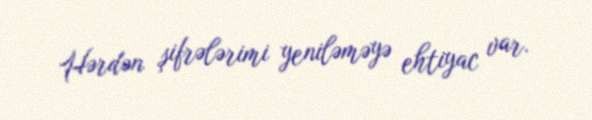
Hərdən şifrələrimi yeniləməyə ehtiyac var.